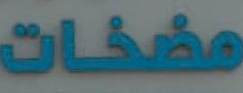
مضخات